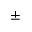
{ \pm }